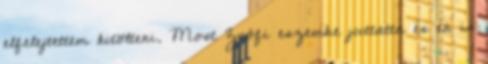
elfelejtettem kitölteni. Most Zsófi eszembe juttatta és én is